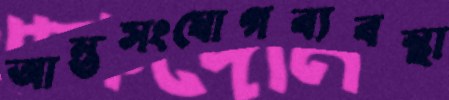
আন্তসংযোগব্যবস্থা